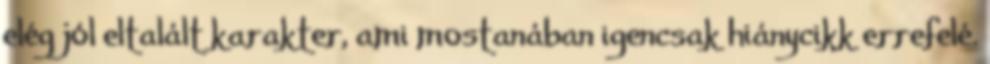
elég jól eltalált karakter, ami mostanában igencsak hiánycikk errefelé.